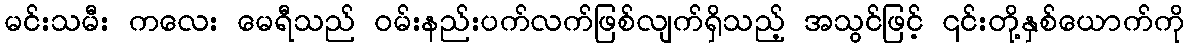
မင်းသမီး ကလေး မေရီသည် ဝမ်းနည်းပက်လက်ဖြစ်လျက်ရှိသည့် အသွင်ဖြင့် ၎င်းတို့နှစ်ယောက်ကို